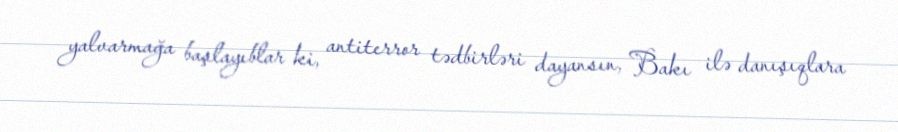
yalvarmağa başlayıblar ki, antiterror tədbirləri dayansın, Bakı ilə danışıqlara